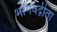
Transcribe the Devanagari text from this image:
भागवद्गीता